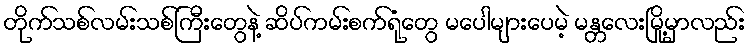
တိုက်သစ်လမ်းသစ်ကြီးတွေနဲ့ ဆိပ်ကမ်းစက်ရုံတွေ မပေါများပေမဲ့ မန္တလေးမြို့မှာလည်း